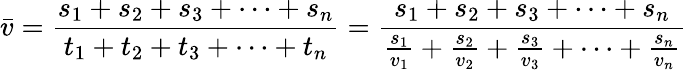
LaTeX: {\bar{v}}={\frac{s_{1}+s_{2}+s_{3}+\dots+s_{n}}{t_{1}+t_{2}+t_{3}+\dots+t_{n}}}={\frac{s_{1}+s_{2}+s_{3}+\dots+s_{n}}{{\frac{s_{1}}{v_{1}}}+{\frac{s_{2}}{v_{2}}}+{\frac{s_{3}}{v_{3}}}+\dots+{\frac{s_{n}}{v_{n}}}}}